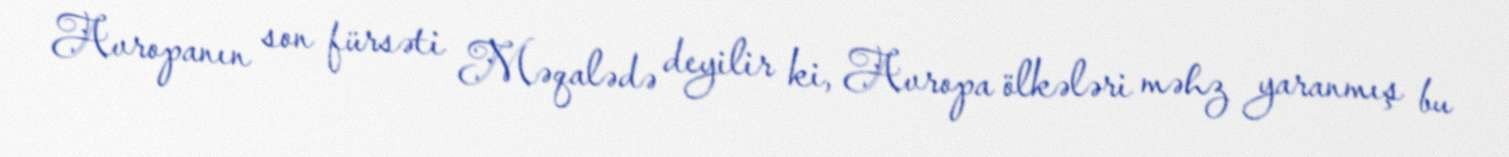
Avropanın son fürsəti Məqalədə deyilir ki, Avropa ölkələri məhz yaranmış bu